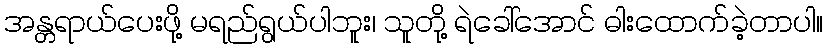
အန္တရာယ်ပေးဖို့ မရည်ရွယ်ပါဘူး၊ သူတို့ ရဲခေါ်အောင် ဓါးထောက်ခဲ့တာပါ။